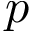
p